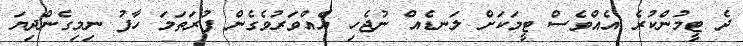
ދެ ޓީމުންކުރެ އެއްވެސް ޓީމަކަށް ލަނޑެއް ނުޖެހި އެއްވަރުވެގެން ފުރަތަމަ ހާފު ނިމިގެންދިޔަ